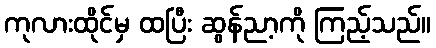
ကုလားထိုင်မှ ထပြီး ဆွန်ညာ့ကို ကြည့်သည်။